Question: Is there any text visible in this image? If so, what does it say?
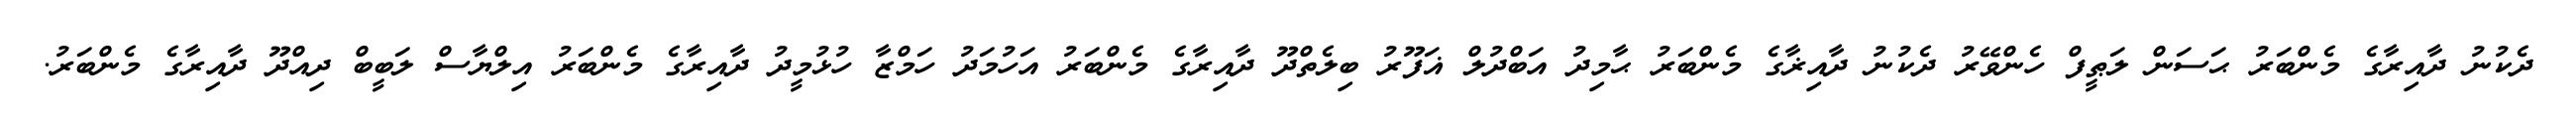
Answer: ދެކުނު ދާއިރާގެ މެންބަރު ޙަސަން ލަޠީފް ހެންވޭރު ދެކުނު ދާއިޜާގެ މެންބަރު ޙާމިދު އަބްދުލް ޣަފޫރު ބިލެތްދޫ ދާއިރާގެ މެންބަރު އަހުމަދު ހަމްޒާ ހުޅުމީދު ދާއިރާގެ މެންބަރު އިލްޔާސް ލަބީބް ދިއްދޫ ދާއިރާގެ މެންބަރު.